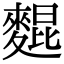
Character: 𪌽